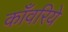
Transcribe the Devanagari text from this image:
काँवरिये